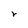
Character: r